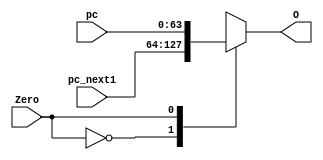
module MUX_Zero(pc_next1,pc,Zero,O);
	input [63:0] pc_next1;
	input [63:0] pc;
	input Zero;
	output [63:0] O;
	
	reg [63:0] tmp;
	
	
	always @(*)
   begin
		case(Zero)
			1'b0:
				tmp = pc_next1;
			1'b1:
				tmp = pc;
		endcase
	end
	
	assign O = tmp;

endmodule